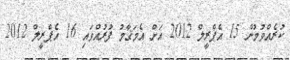
ކުރެއްވުމުން 15 އެޕްރީލް 2012 އަށް އެމަޤާމު ފުރުއްވައި 16 އެޕްރީލް 2012